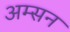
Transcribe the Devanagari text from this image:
अम्सन